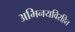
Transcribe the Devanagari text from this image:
अभिनयविरहित